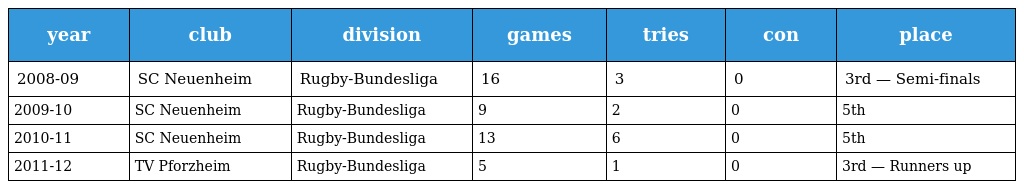
| year | club | division | games | tries | con | place |
 | --- | --- | --- | --- | --- | --- | --- |
 | 2008-09 | SC Neuenheim | Rugby-Bundesliga | 16 | 3 | 0 | 3rd — Semi-finals |
 | 2009-10 | SC Neuenheim | Rugby-Bundesliga | 9 | 2 | 0 | 5th |
 | 2010-11 | SC Neuenheim | Rugby-Bundesliga | 13 | 6 | 0 | 5th |
 | 2011-12 | TV Pforzheim | Rugby-Bundesliga | 5 | 1 | 0 | 3rd — Runners up |